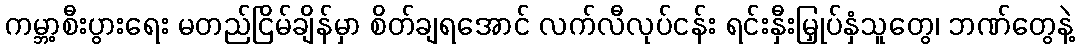
ကမ္ဘာ့စီးပွားရေး မတည်ငြိမ်ချိန်မှာ စိတ်ချရအောင် လက်လီလုပ်ငန်း ရင်းနှီးမြှုပ်နှံသူတွေ၊ ဘဏ်တွေနဲ့